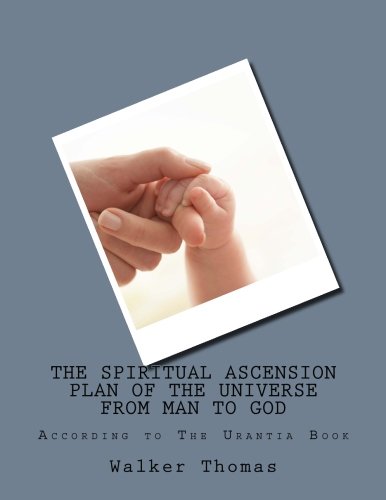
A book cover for The Spiritual Ascension Plan of the Universe from Man to God: According to The Urantia Book (PEACE PLEASE: 1,000 Proposals to Transform the Planet and ... Peace and Prosperity for All - No Exceptions); Walker Thomas; Religion & Spirituality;